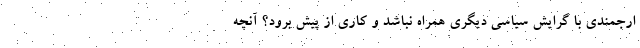
ارجمندی با گرایش سیاسی دیگری همراه نباشد و کاری از پیش برود؟ آنچه